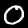
Label: 0